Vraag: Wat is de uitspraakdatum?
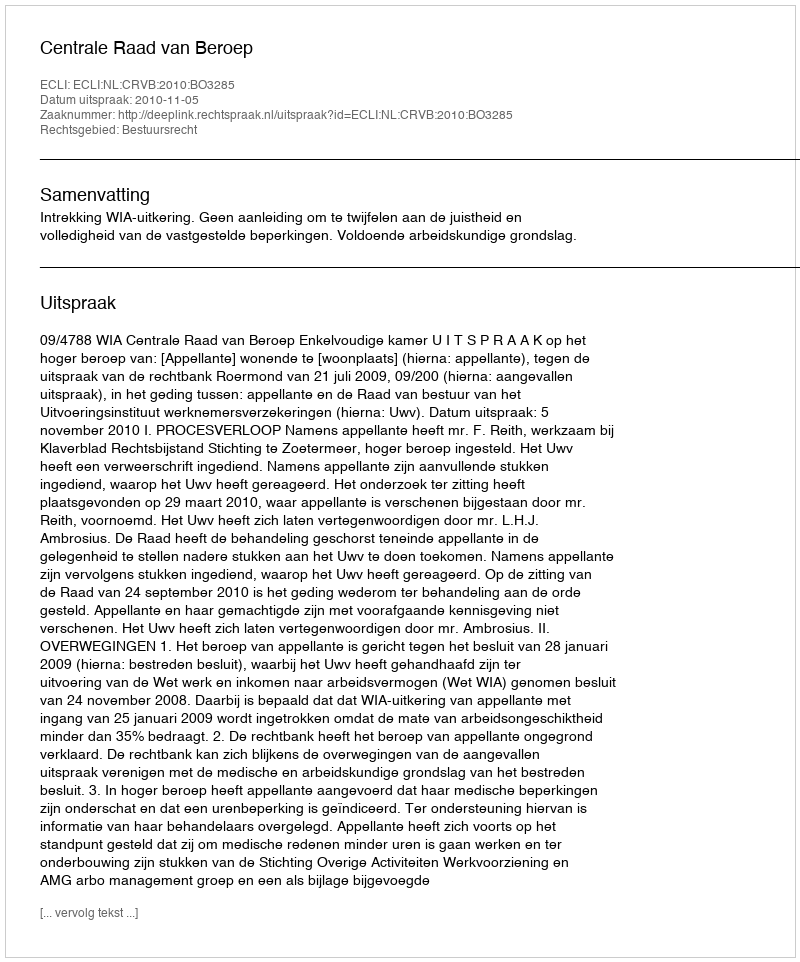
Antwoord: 2010-11-05